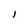
Character: l